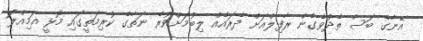
އޭނާގެ ބަސް ތެދުވެގެން ރާފިލްއަށް ދެރައެއް ލިބުމަށްވުރެ ނަތާގެ ކުރިމަތީގައި މޮޅީ އަމިއްލަ